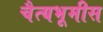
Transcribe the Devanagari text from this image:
चैत्यभूमीस